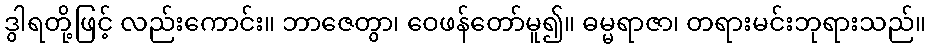
ဒွါရတို့ဖြင့် လည်းကောင်း။ ဘာဇေတွာ၊ ဝေဖန်တော်မူ၍။ ဓမ္မရာဇာ၊ တရားမင်းဘုရားသည်။